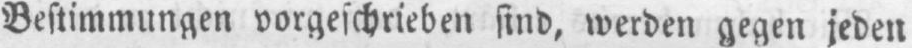
Bestimmungen vorgeschrieben sind, werden gegen jeden